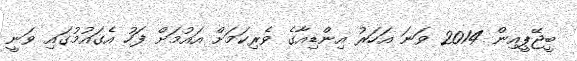
ބީޖޭޕީއިން 2014 ވަނަ އަހަރު އިންޑިއާގެ ވެރިކަމަށް އައުމަށް ފަހު އެގައުމުގައި ވަނީ